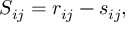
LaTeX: S _ { i j } = r _ { i j } - s _ { i j } ,